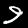
Label: 9